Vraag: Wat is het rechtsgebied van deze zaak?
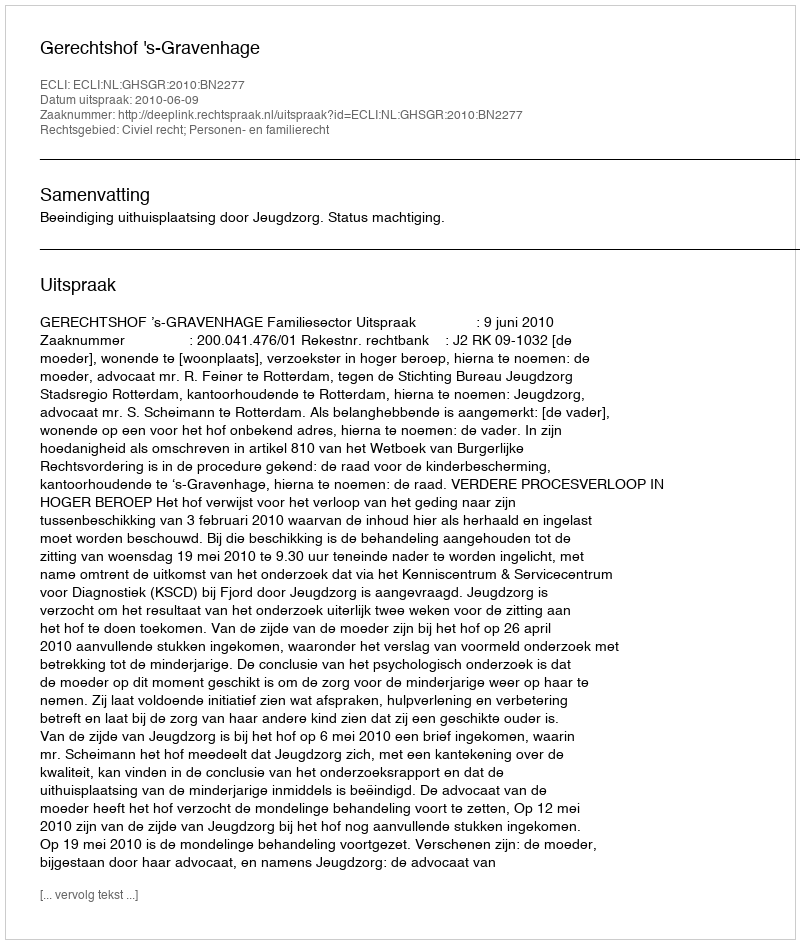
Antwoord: Civiel recht; Personen- en familierecht